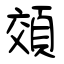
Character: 頝